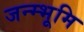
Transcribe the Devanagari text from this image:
जन्म्भूमि